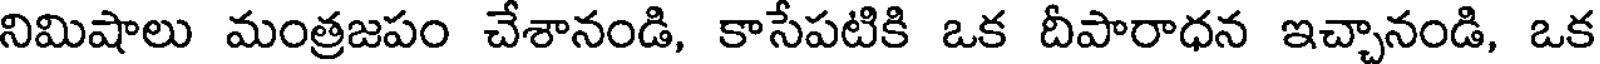
నిమిషాలు మంత్రజపం చేశానండి, కాసేపటికి ఒక దీపారాధన ఇచ్చానండి, ఒక